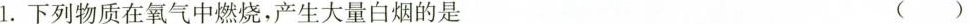
l.下列物质在氧气中燃烧，产生大量白烟的是 （）